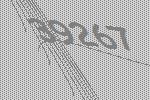
39267